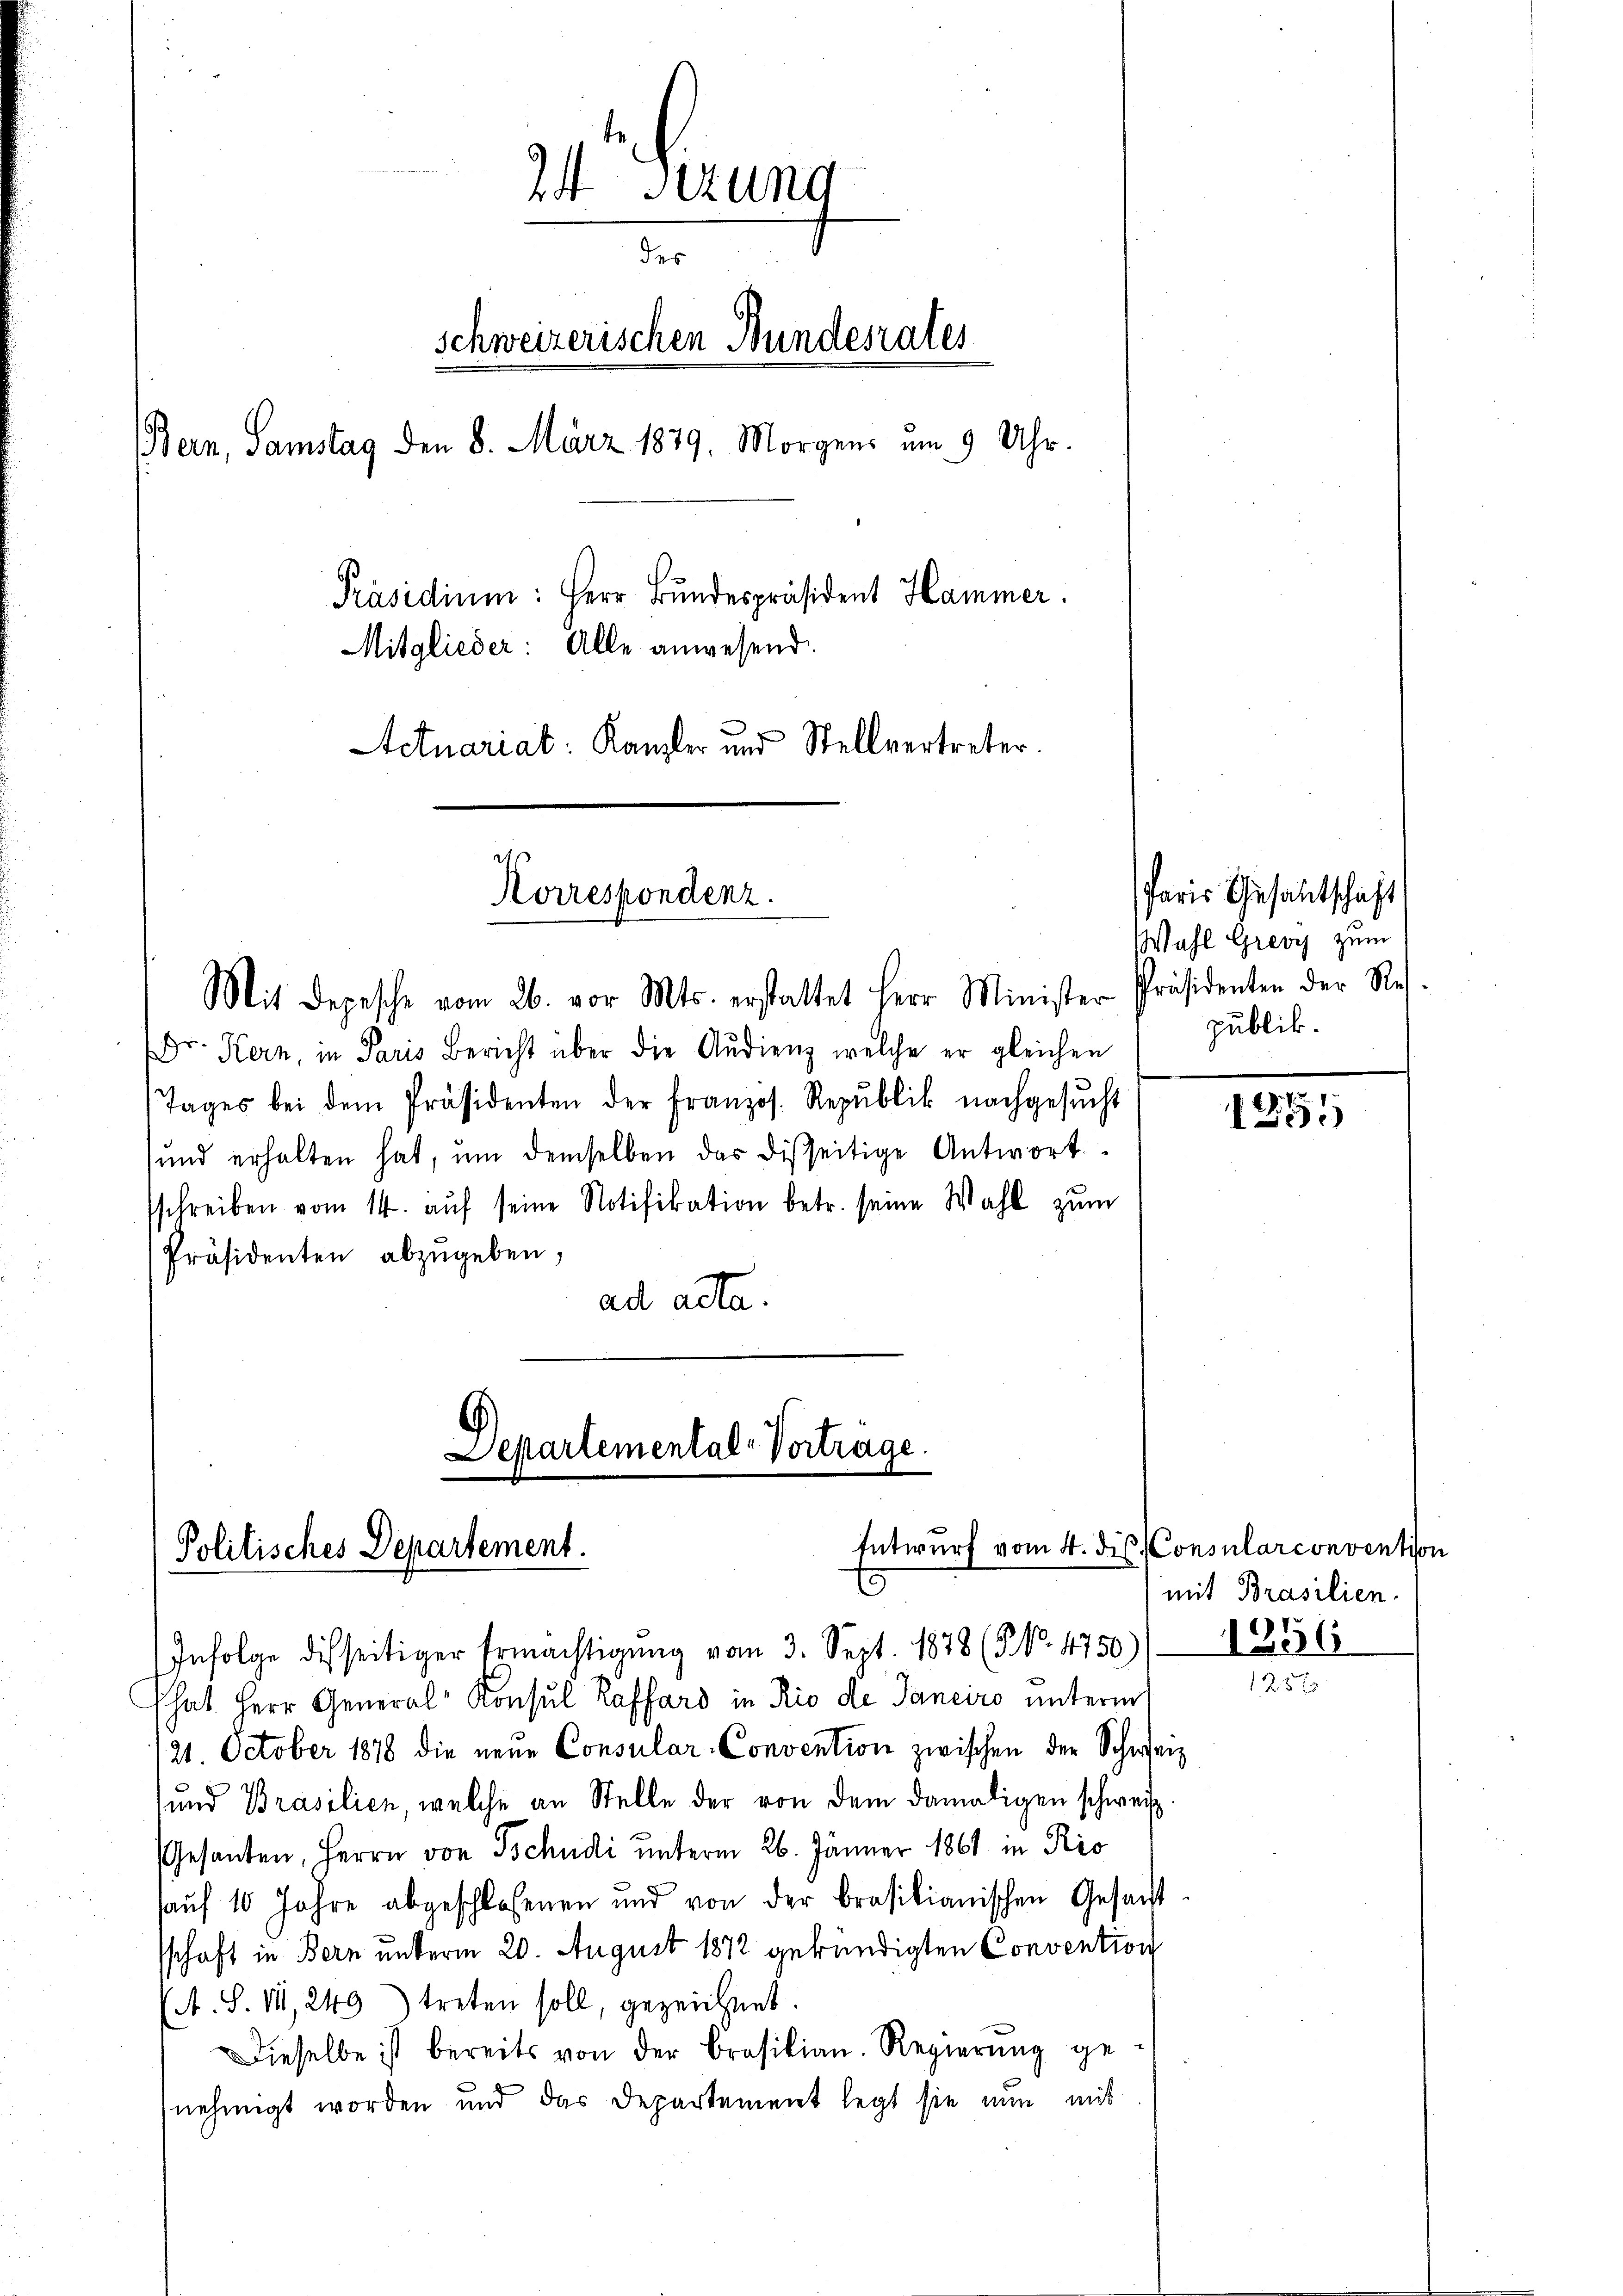
24 Sizung
des
schweizerischen Bundesrates
Bern, Samstag den 8. März 1879, Morgens um 9 Uhr.
Präsidium: Herr Bundespräsident Hammer.
Mitglieder: Alle anwesend.
Actuariat: Kanzler und Stellvertreter.

Dr. Kern, in Paris Bericht über die Audienz welche er gleichen
Tages bei dem Präsidenten der franzos. Republik nachgesŭcht
und erhalten hat, ŭm demselben das disseitige Antwort
sschreiben vom 14. aŭf seine Notifikation betr. seine Wahl zum
Präsidenten abzugeben,
ad acta.

Korrespondenz.

Departemental-Vortrage.
Politisches Departement.
E

Mit Depesche vom 26. vor Mts. erstattet Herr Minister Präsidenten der Re

Entwurf vom 4. die Consularconvention

Infolge disseitiger Ermächtigŭng vom 3. Sept. 1878 (NNo. 4750)) 1236
Ehat. Herr General-Consul Raffard in Rio de Janeiro unterm
121. October 1878 die neue Consular-Convention zwischen der Schweiz
und Brasilien, welche an Stelle der von dem damaligen schweiz.
Gesanten, Herrn von Tschudi unterm 26. Jänner 1861 in Ris
aŭf 10 Jahre abgeschlossenen und von der brasilianischen Gesacht
sschaft in Bern unterm 20. August 1872 gekündigten Convention
A. S. II, 249) treten soll, gezeichnet.
Dieselbe ist bereits von der Brasilian. Regierŭng ge-
nehmigt worden und das Departement legt sie nun mit

Paris Gesantschaft
Wahl Greoy zum
publik.

.
125.

mit Brasilien.